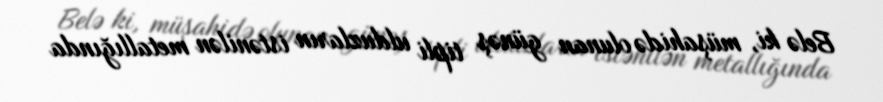
Belə ki, müşahidə olunan günəş tipli ulduzların istənilən metallığında